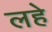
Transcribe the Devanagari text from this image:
लहे